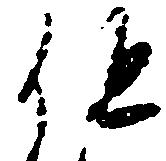
但